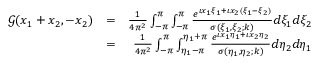
\begin{array} { r l r } { \mathcal { G } ( x _ { 1 } + x _ { 2 } , - x _ { 2 } ) } & { = } & { \frac { 1 } { 4 \pi ^ { 2 } } \int _ { - \pi } ^ { \pi } \int _ { - \pi } ^ { \pi } \frac { e ^ { \iota x _ { 1 } \xi _ { 1 } + \iota x _ { 2 } ( \xi _ { 1 } - \xi _ { 2 } ) } } { \sigma ( \xi _ { 1 } , \xi _ { 2 } ; k ) } d \xi _ { 1 } d \xi _ { 2 } } \\ & { = } & { \frac { 1 } { 4 \pi ^ { 2 } } \int _ { - \pi } ^ { \pi } \int _ { \eta _ { 1 } - \pi } ^ { \eta _ { 1 } + \pi } \frac { e ^ { \iota x _ { 1 } \eta _ { 1 } + \iota x _ { 2 } \eta _ { 2 } } } { \sigma ( \eta _ { 1 } , \eta _ { 2 } ; k ) } d \eta _ { 2 } d \eta _ { 1 } } \end{array}